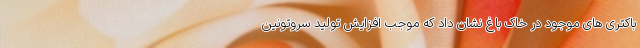
باکتری های موجود در خاک باغ نشان داد که موجب افزایش تولید سروتونین